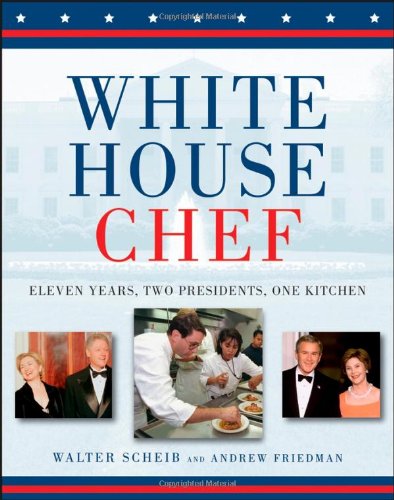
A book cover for White House Chef: Eleven Years, Two Presidents, One Kitchen; Andrew Friedman; Cookbooks, Food & Wine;